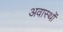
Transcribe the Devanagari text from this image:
अवास्थों